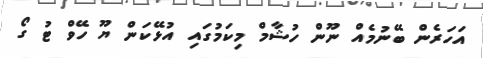
އަހަރެން ބޭނުމެއް ނޫން ހުޝާމް މިކަމުގައި އުޅޭކަން ޔޫ ހޭވް ޓު ގޯ